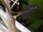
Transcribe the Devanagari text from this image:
त्रिं